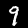
Digit: 9